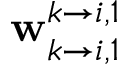
\mathbf { w } _ { k \rightarrow i , 1 } ^ { k \rightarrow i , 1 }